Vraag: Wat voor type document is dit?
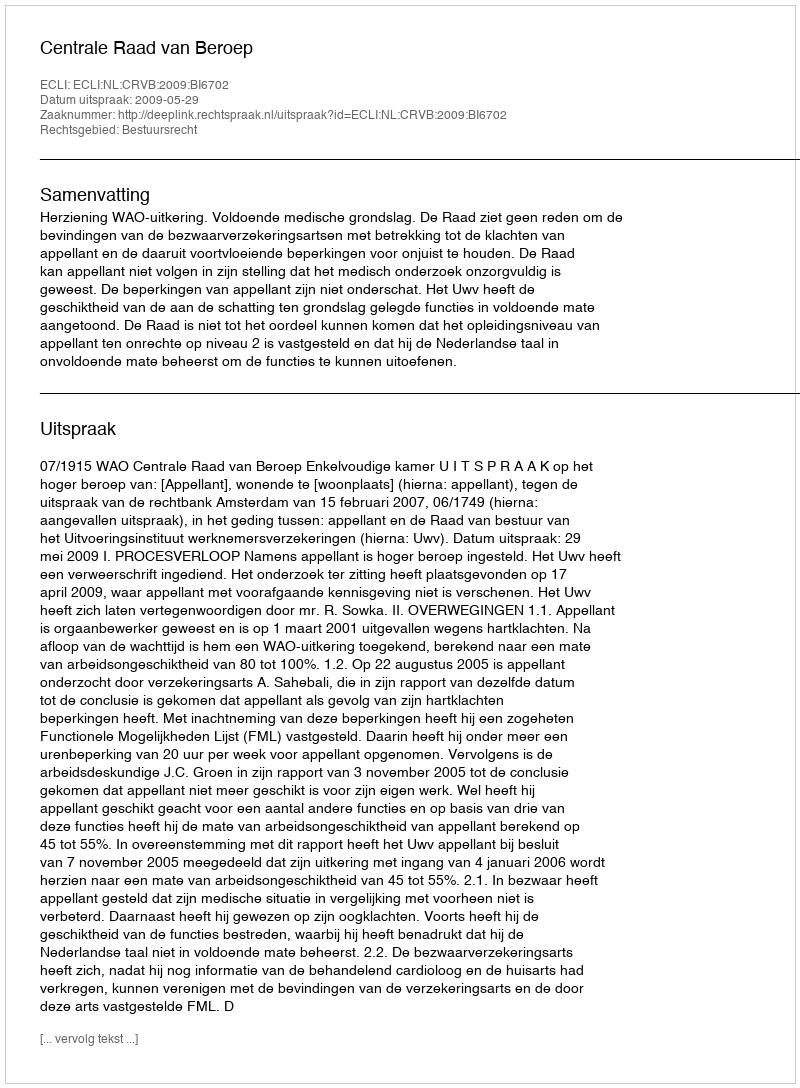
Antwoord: Uitspraak